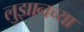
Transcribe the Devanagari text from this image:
लुझानच्या